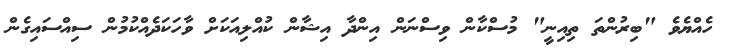
ހެއްޔެވެ "ބިރުންތަ ތިއިނީ" މުސްކާން ވިސްނަން އިންދާ އިޝާން ކުއްލިއަކަށް ވާހަކަދެއްކުމުން ސިއްސައިގެން